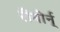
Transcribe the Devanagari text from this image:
रीबोर्न्